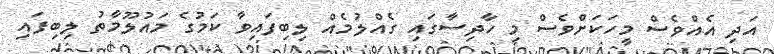
އަދި އެއްވެސް މީހަކަށްވެސް މި ހާދިސާގައި ގެއްލުމެއް ލިބިފައިވާ ކަމުގެ މައުލޫމާތު ލިބިފައި